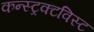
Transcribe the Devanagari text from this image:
कन्स्ट्रक्टविस्ट